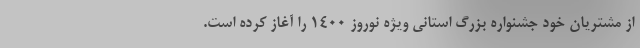
از مشتریان خود جشنواره بزرگ استانی ویژه نوروز 1400 را آغاز کرده است.